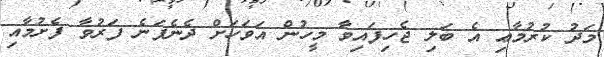
މަދު ކުރުމާޢި އެ ބަލި ޖެހިފައިވާ މީހުން އަވަހަށް ދެނެފަނެ ފަރުވާ ފެށުމާއި